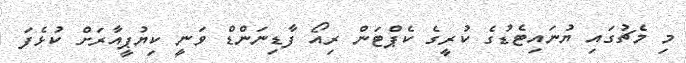
މި މެޗުގައި ޔުނައިޓެޑުގެ ކުރީގެ ކެޕްޓަން ރިއޯ ފާޑިނަންޑް ވަނީ ކިޔުޕީއާރަށް ކުޅެފަ